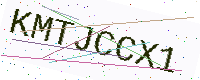
Text: KMTJCCX1